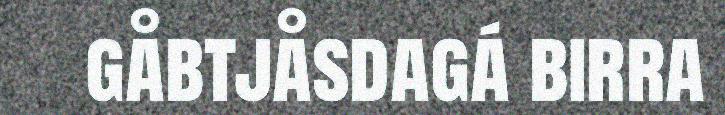
gåbtjåsdagá birra